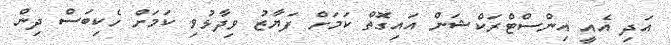
އަދި އެއީ އިންސްޓްރަކްޝަން އައިގޮތް ކަމަށް ފަޔާޒު ވިދާޅުވި ކަމަށް ހެކިބަސް ދިން